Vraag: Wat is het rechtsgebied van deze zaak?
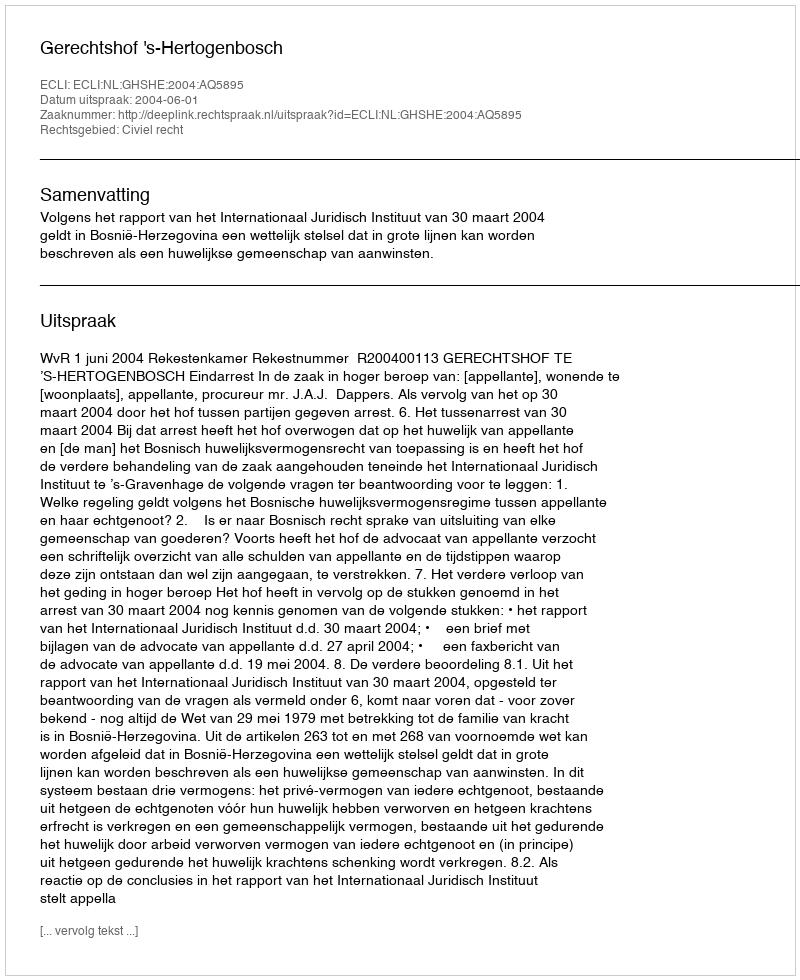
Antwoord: Civiel recht